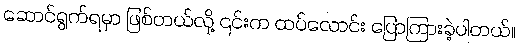
ဆောင်ရွက်ရမှာ ဖြစ်တယ်လို့ ၎င်းက ထပ်လောင်း ပြောကြားခဲ့ပါတယ်။